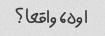
اوه، واقعا؟